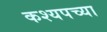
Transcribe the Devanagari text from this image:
कश्यपच्या